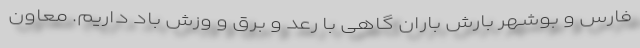
فارس و بوشهر بارش باران گاهی با رعد و برق و وزش باد داریم. معاون